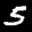
Label: 5